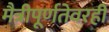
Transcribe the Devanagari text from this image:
मैत्रीपूर्णतेवरही